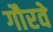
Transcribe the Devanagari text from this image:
गौरवे